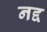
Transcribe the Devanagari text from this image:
नद्द